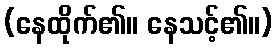
(နေထိုက်၏။ နေသင့်၏။)